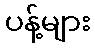
ပန့်များ